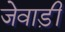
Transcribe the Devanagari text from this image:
जेवाड़ी